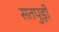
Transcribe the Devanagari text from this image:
सतपुड़ी